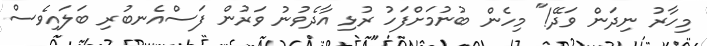
މިހާރު ނިދަން ވަދޭ!" މިހެން ބުނުމަށްފަހު ރުޅި އާދެވުނު ވަރުން ފަސްއެނބުރި ބަލައިވެސް